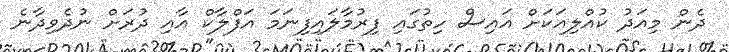
ދެން މިއަދު ކުއްލިއަކަށް އައިސް ހިތުގައި ފިރުމާލައިފިނަމަ އަފްލާކް އާއި ދުރަށް ނުދެވިދާނެ